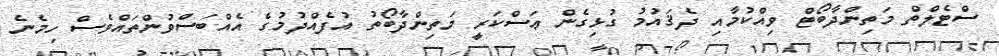
ސްޓެލްތް މަތިންދާބޯޓް ވިއްކުމާއި ދެޤައުމު ގުޅިގެން ޢަސްކަރީ މަތިންދާބޯތު އުފެއްދުމުގެ އެއްބަސްވުންތައްވެސް ހިމެނެ